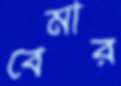
বেমার